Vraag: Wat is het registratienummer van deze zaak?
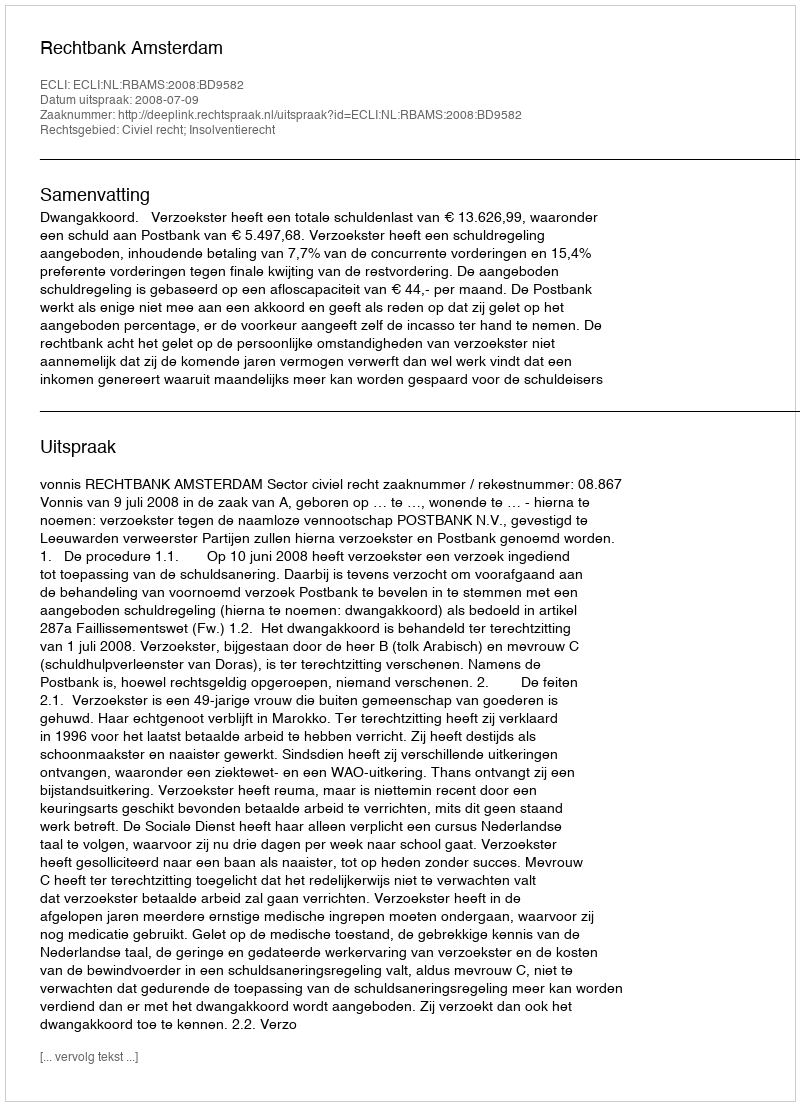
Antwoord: http://deeplink.rechtspraak.nl/uitspraak?id=ECLI:NL:RBAMS:2008:BD9582